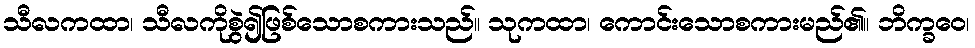
သီလကထာ၊ သီလကိုစွဲ၍ဖြစ်သောစကားသည်။ သုကထာ၊ ကောင်းသောစကားမည်၏။ ဘိက္ခဝေ၊